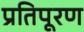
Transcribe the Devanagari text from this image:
प्रतिपूरण